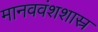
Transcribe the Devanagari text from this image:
मानववंशशास्र